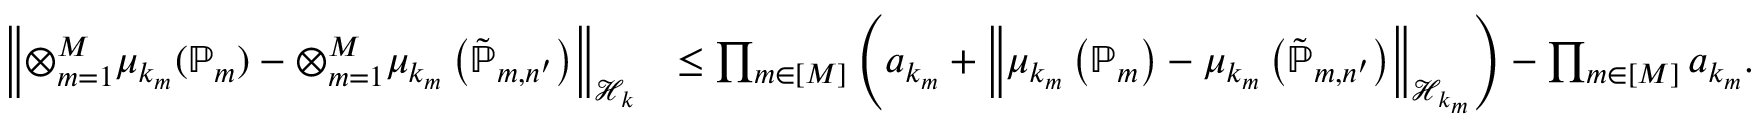
\begin{array} { r l } { \left\| { \otimes _ { m = 1 } ^ { M } \mu _ { k _ { m } } ( \mathbb { P } _ { m } ) - \otimes _ { m = 1 } ^ { M } \mu _ { k _ { m } } \left( \tilde { \mathbb { P } } _ { m , n ^ { \prime } } \right) } \right\| _ { \mathcal { H } _ { k } } } & { \le \prod _ { m \in [ M ] } \left( a _ { k _ { m } } + \left\| { \mu _ { k _ { m } } \left( \mathbb { P } _ { m } \right) - \mu _ { k _ { m } } \left( \tilde { \mathbb { P } } _ { m , n ^ { \prime } } \right) } \right\| _ { \mathcal { H } _ { k _ { m } } } \right) - \prod _ { m \in [ M ] } a _ { k _ { m } } . } \end{array}